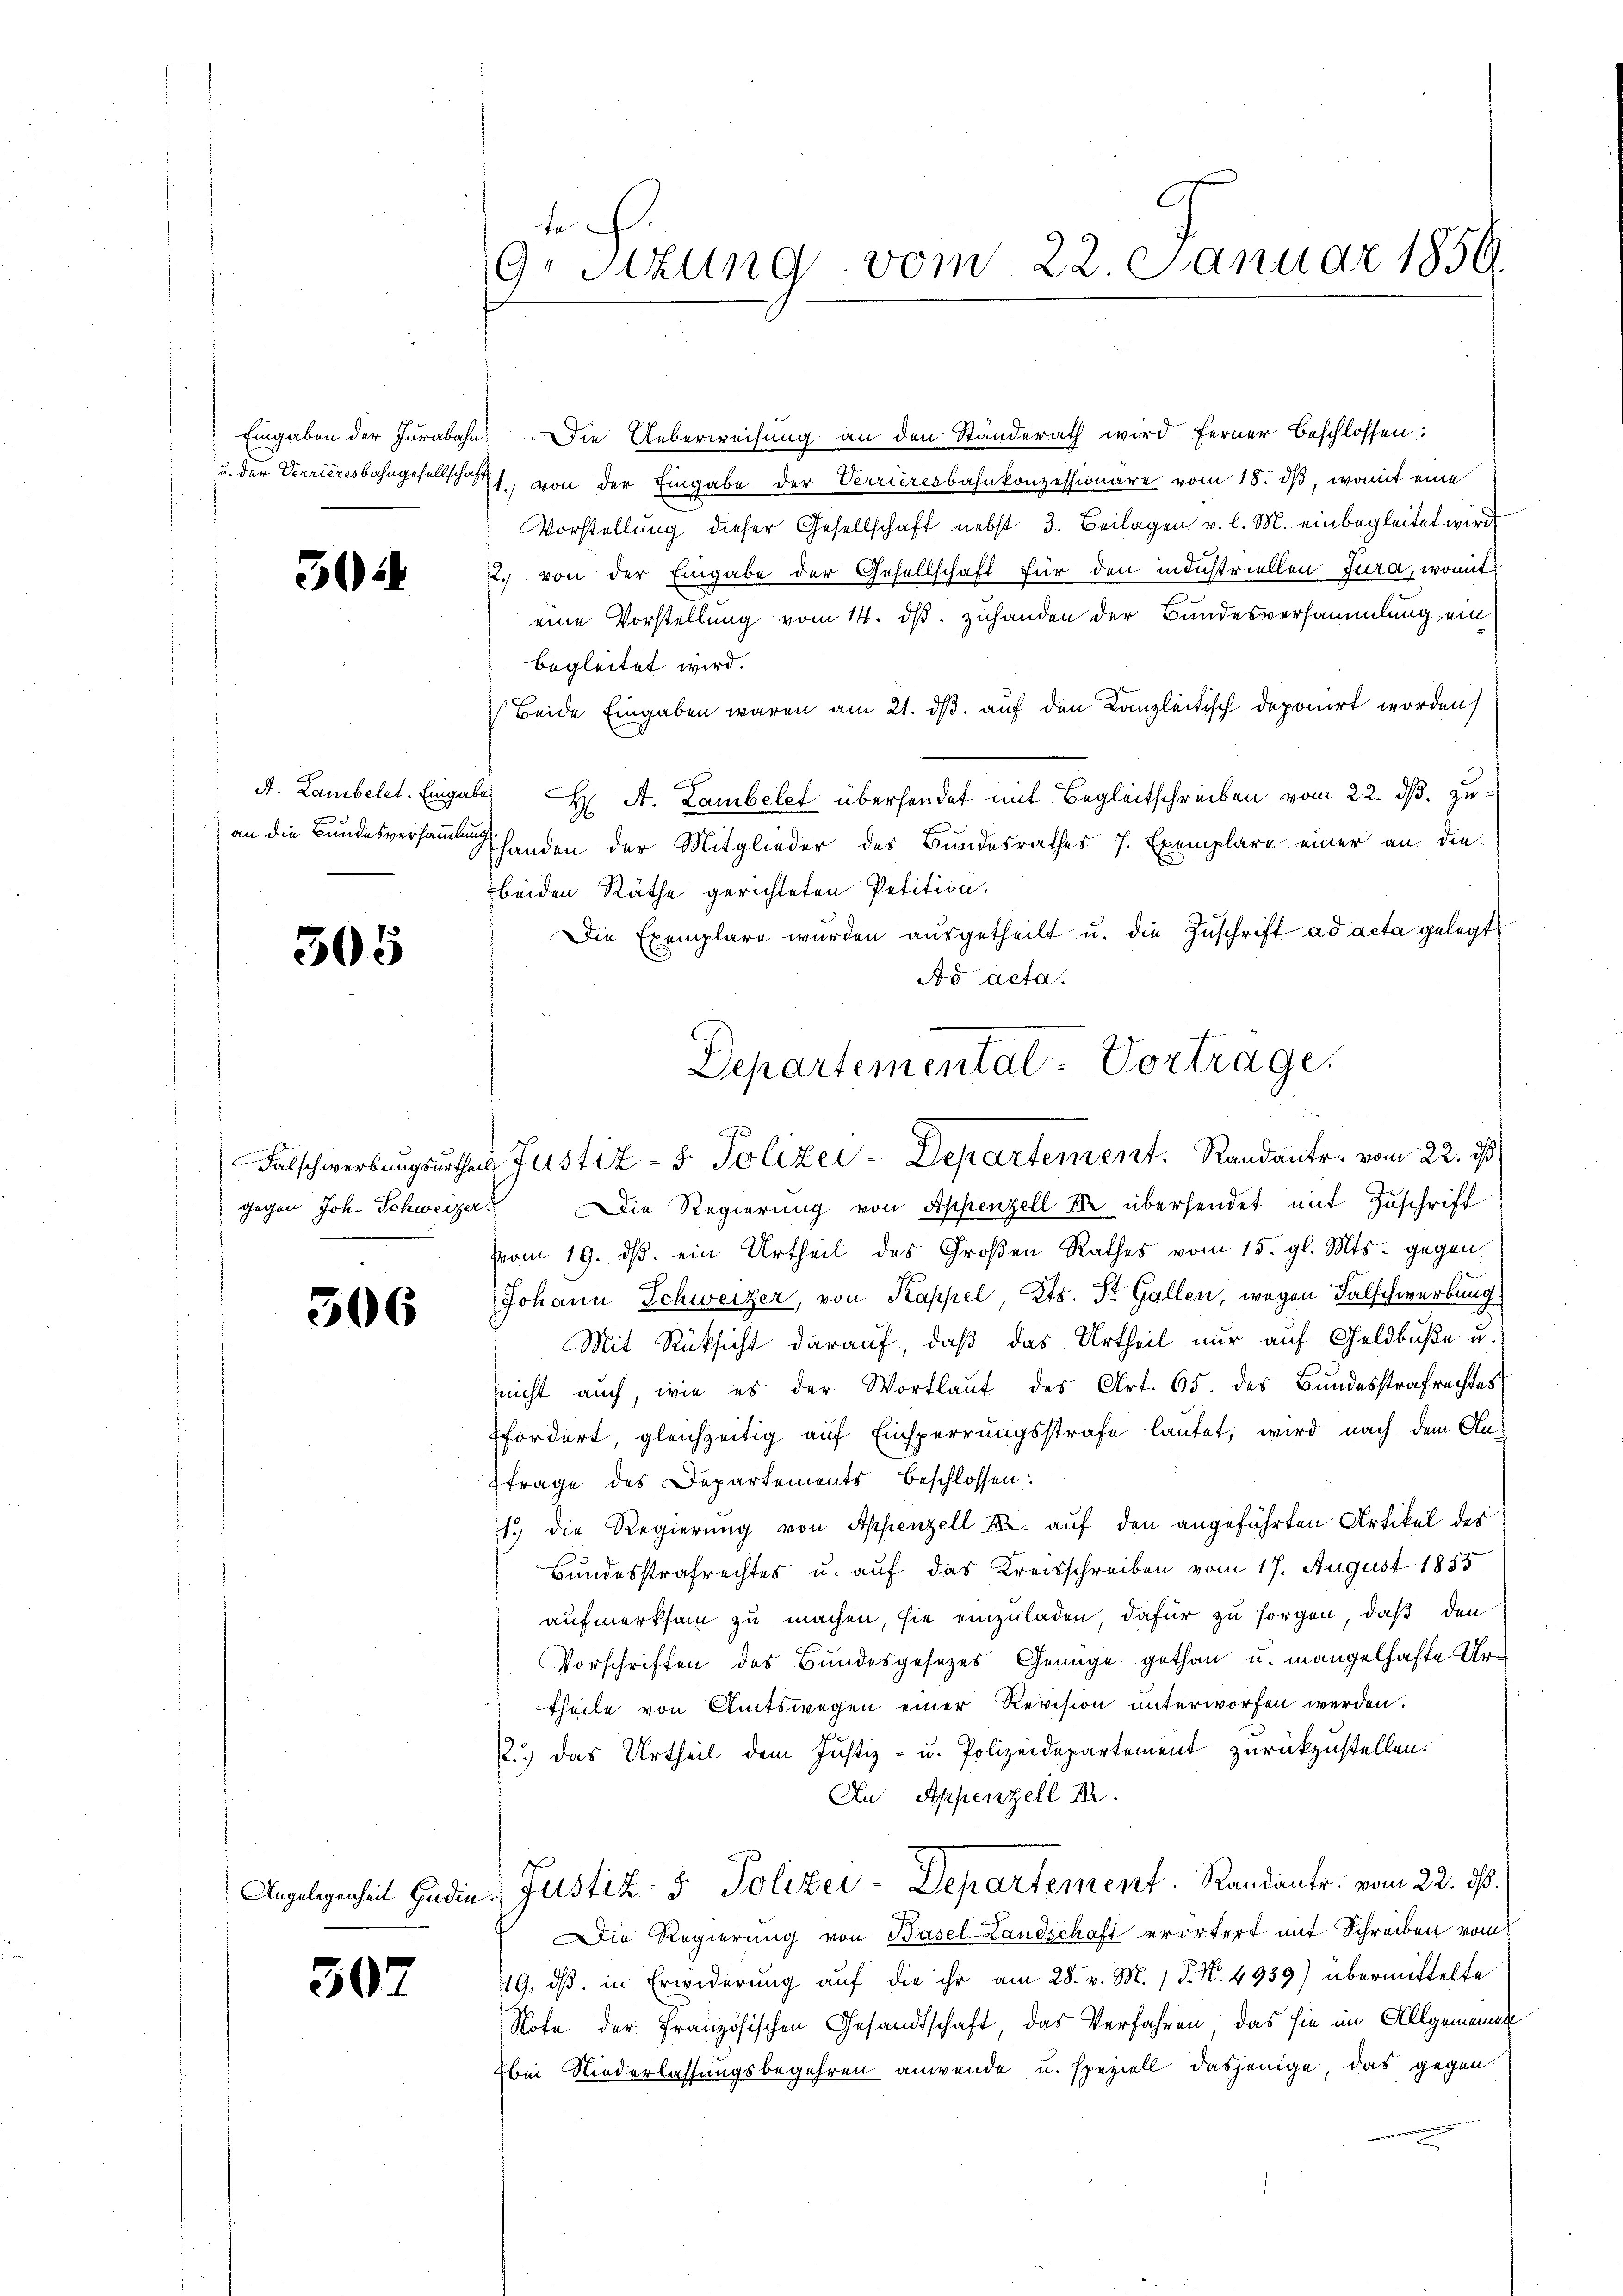
30

A. Lambelet. Eingar

305

.

306

307

te
GrStzung vom 22 Januar 1859.

Eingaben der Jurabahn. Die Ueberweisung an den Ständerath wird ferner Beschlossen:
u. der Verrieresbahngesellschaft, von der Eingabe der Verrieresbahnkonzessionare vom 18. dβ, womit eine
Vorstellung dieser Gesellschaft nebst 3. Beilagen v. l. M. einbegleitet wird.
22. von der Eingabe der Gesellschaft für den industriellen Jura, womit
eine Vorstellung vom 14. ds. zuhanden der Bundesversammlung ein
begleitet wird.
Beide Eingaben waren am 21. ds. auf den Kanzleitisch deponirt worden,
b) Hr. A. Lambelet übersendet mit Begleitschreiben vom 22. ds. zuan die Bundesversammlung handen der Mitglieder des Bundesrathes 7. Exemplare einer an die
beiden Räthe gerichteten Petition.
Die Exemplare wurden ausgetheilt u. die Zuschrift ad acta gelegt
Ad acta.
Departementat-Vortrage.

Falschwerbungsurther Justiz - 5. Polizei-Departement. Randante vom 22. ist,

gegen Joh. Schweizer. Die Regierŭng von Appenzell M. übersendet mit Zuschrift
vom 19. ds. ein Urtheil des Großen Rathes vom 15. gl. Mts. gegen
Johann Schweizer, von Kappel, Kts. St. Gallen, wegen Falschwerbung
Mit Rücksicht darauf, daß das Urtheil nur auf Geldbuße u.
nicht auch, wie es der Wortlaut des Art. 65. des Bundesstrafrechtes
ffordert, gleichzeitig auf Einsperrungsstrafe lautet, wird nach dem Anftrage des Departements beschlossen:
1.) Die Regierung von Appenzell A. auf den angeführten Artikel des
Bundesstrafrechtes u. auf das Kreisschreiben vom 17. August 1855
aufmerksam zu machen, sie einzuladen, dafür zu sorgen, daß den
Vorschriften des Bundesgesezes Genüge gethan u. mangelhafte Urtheile von Amtswegen einer Revision unterworfen werden.
2.) Das Urtheil dem Justiz- u. Polizeidepartement zurückzustellen.
Au Appenzell I.
Angelegenheit Hadin, Justiz- 5. Polizei-Departement. Randantr. vom 22. ds.
ie Regierung von Basel-Landschaft erörtert mit Schreiben vom
19. dβ. in Erwiderung auf die ihr am 28. v. M. P. N. 4939) übermittelte
Note der Französischen Gesandtschaft, das Verfahren, das sie im Allgemeines
Ebei Niederlassungsbegehren anwende u. speziell dasjenige das gegen